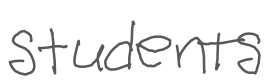
Text: students
Cross-out: clean
Writing tool: digital_gray